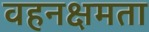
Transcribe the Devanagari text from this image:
वहनक्षमता